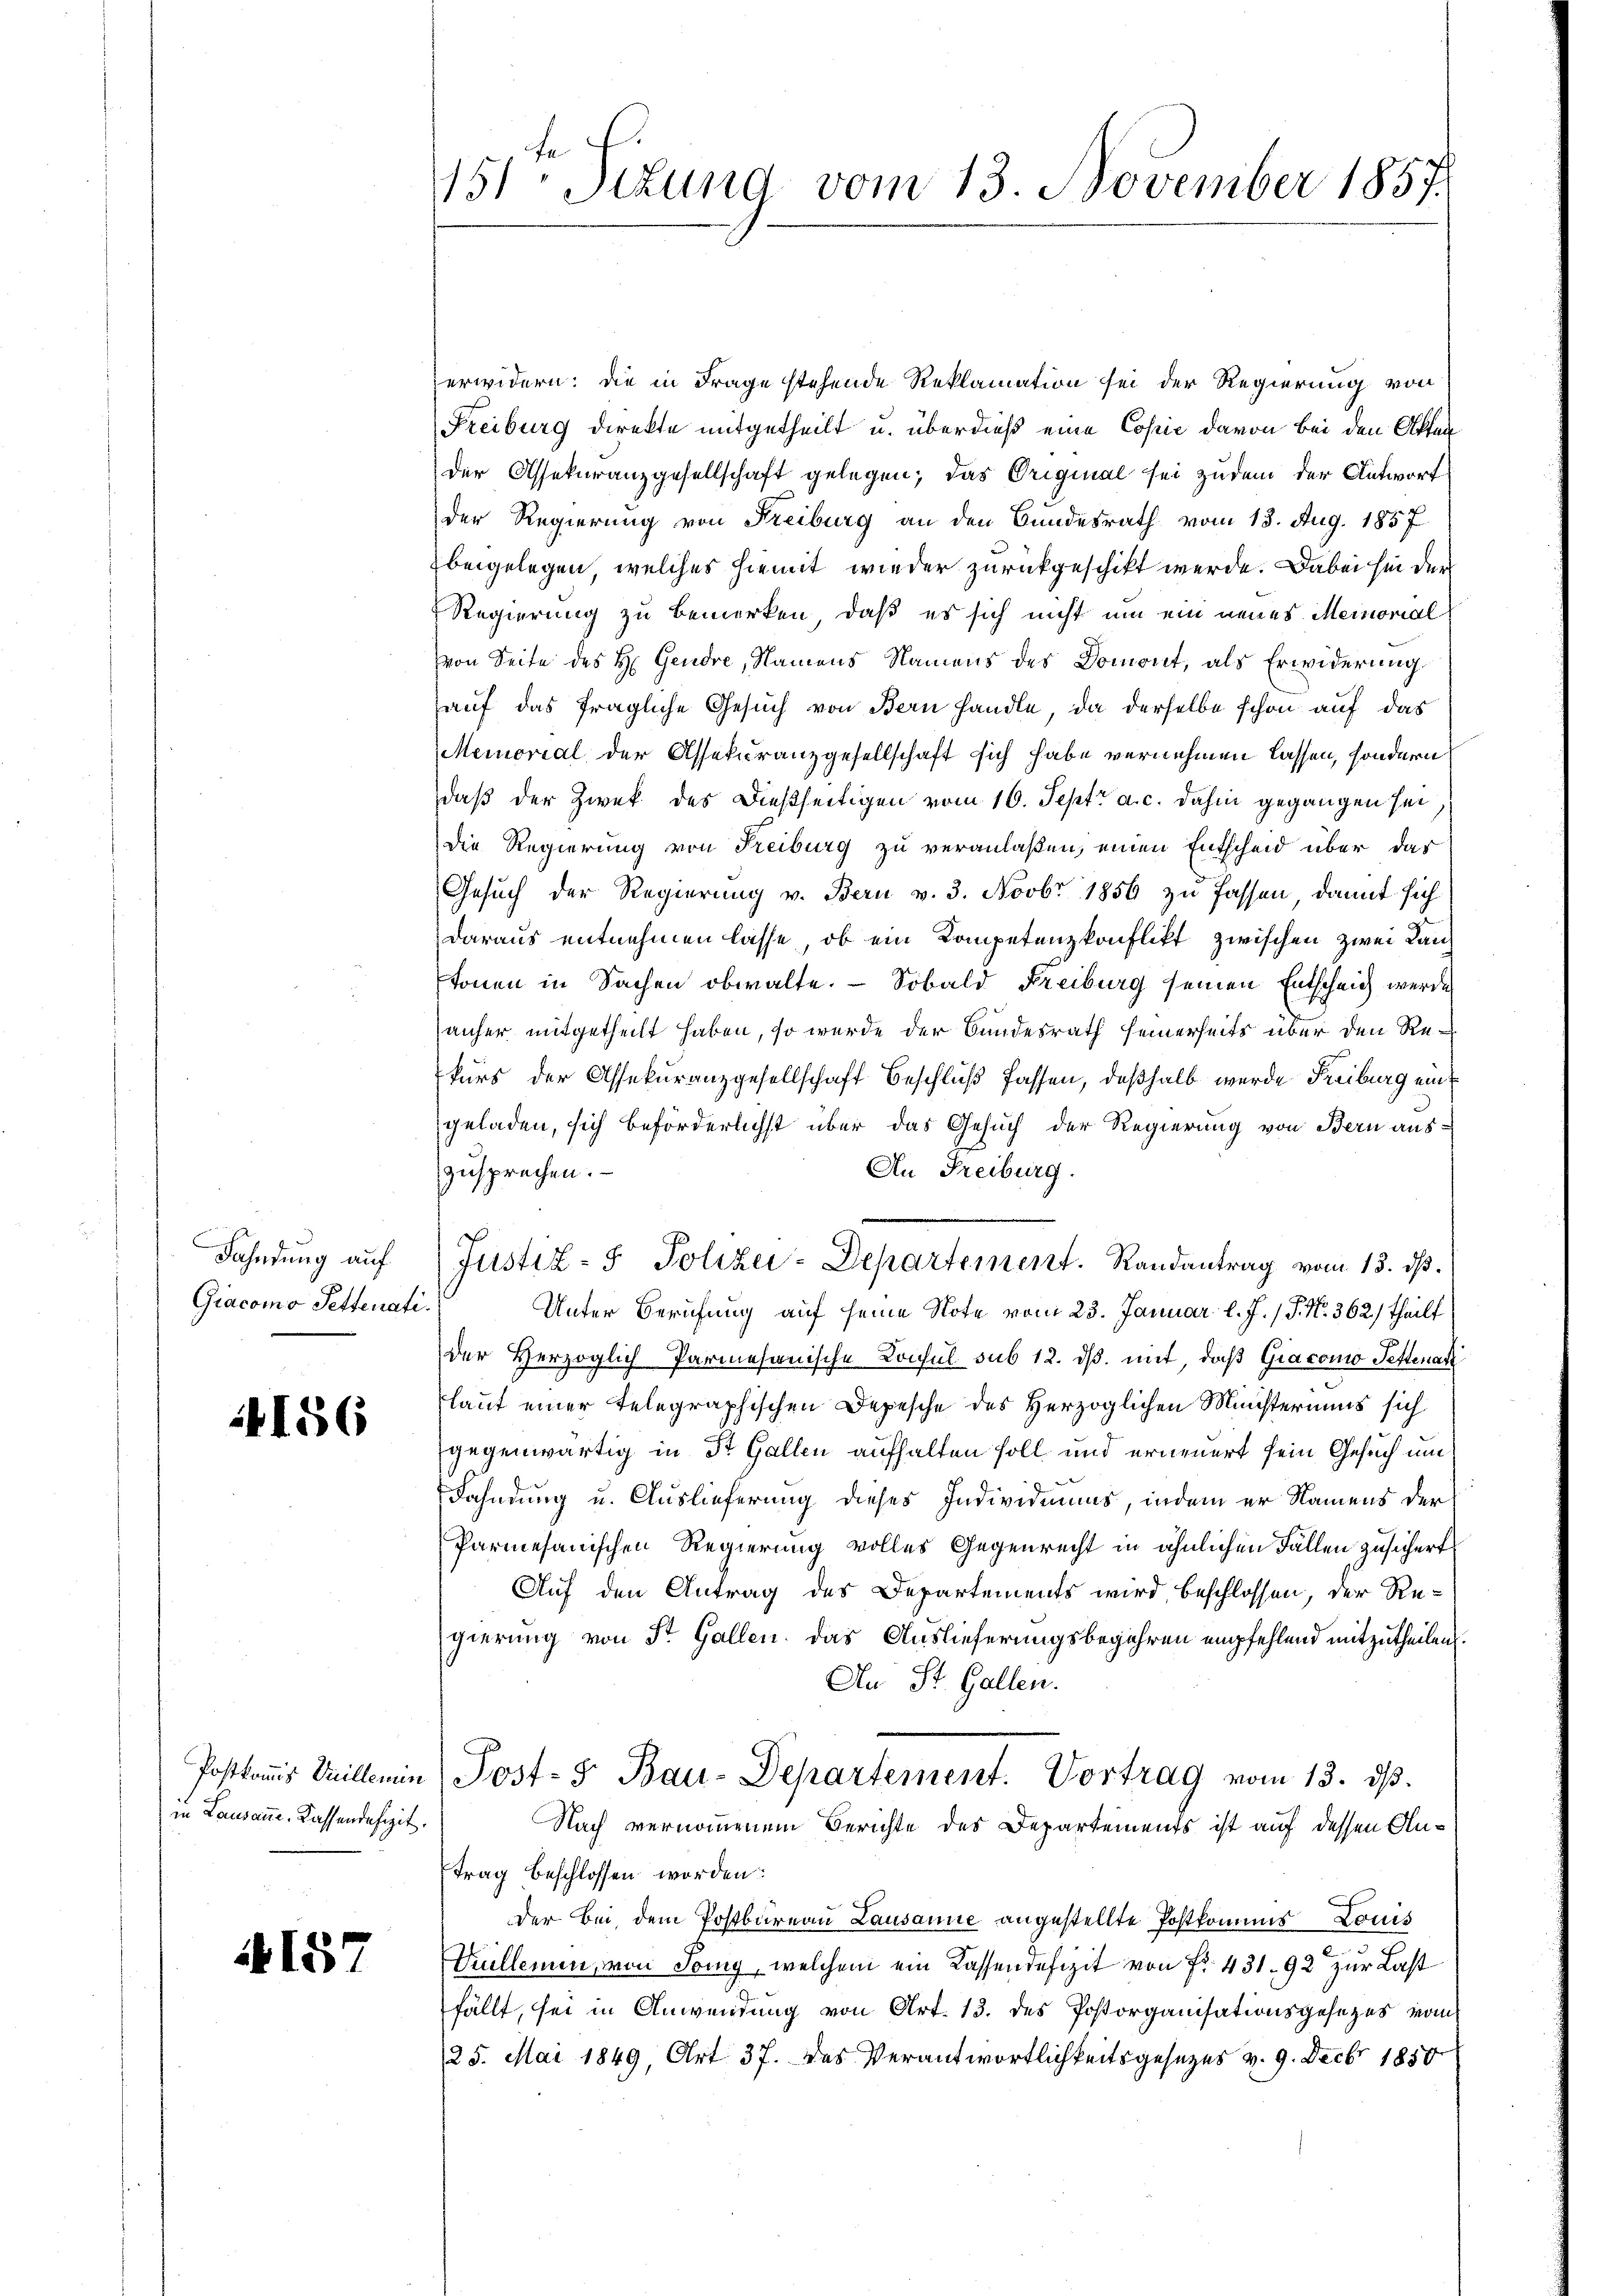
Fahndung auf
Giacomo Petterati

4156

Postkommis Vuillemin
in Lausanne. Kassendefizit.

A157

151ten Sizung vom 13. November 1857.

erwidern: die in Frage stehende Reklamation sei der Regierung von
Freiburg direkte mitgetheilt u. überdieß eine Copić davon bei den Akten
der Assekuranzgesellschaft gelegen; das Original sei zudem der Antwort
der Regierung von Freiburg an den Bundesrath vom 13. Aug. 1857
beigelegen, welches hiemit wieder zurückgeschikt werde. Dabei sei der
Regierung zu bemerken, daß es sich nicht um ein neues Meinorial
von Seite des H. Gendre, Namens Namens des Domont, als Erwiderung
hauf das fragliche Gesuch von Bern handle, da derselbe schon auf das
Memorial der Assekuranzgesellschaft sich habe vernehmen lassen, sondern
daß der Zwek des dießseitigen vom 16. Sept. a. c. dahin gegangen sei
Die Regierung von Freiburg zu veranlaßen, einen Entscheid über das
Gesuch der Regierung v. Bern v. 3. Novbr 1856 zu fassen, damit sich
daraus entnehmen lasse, ob ein Kompetenzkonflikt zwischen zwei Lantonen in Sachen obwalte. – Sobald Freiburg seinen Entscheid werde
anher mitgetheilt haben, so wurde der Bundesrath seinerseits über den Rekurs der Assekuranzgesellschaft Beschluß fassen, deßhalb wurde Freiburg eint
geladen, sich beförderlichst über das Gesuch der Regierung von Bern aus
An Freiburg.
zusprechen.
Justiz- & Polizei-Departement. Randantrag vom 13. ds.
Unter Berufung auf seine Note vom 23. Januar l. J. / P. Nr. 362) theilt
der Herzoglich Parmesanische Konsul sub 12. dβ. mit, daß Giacomo Fettenant
laut einer telegraphischen Depesche des Herzoglichen Ministeriums sich
gegenwärtig in St. Gallen aufhalten soll und erneuert sein Gesuch um
Fahndung u. Auslieferung dieses Individiums, indem er Namens der
Parmesanischen Regierung volles Gegenrecht in ähnlichen Fallen zusichert
Auf den Antrag des Departements wird beschlossen, der Regierung von St. Gallen. Das Auslieferungsbegehren empfehlend mitzutheilen.
An St. Gallen.
Post- & Bau-Departement. Vortrag vom 13. dβ.
Nach vernommenem Berichte des Departements ist auf dessen Autrag beschlossen worden:
der Bei dem Postbureau Lausanne angestellte Postkomus Louis
Kullemen, von Tony, welchem ein Kassendefizit von Fr. 431. 92 zur Last
fällt, sei in Anwendung von Art. 13. des Postorganisationsgesezes vom
/25. Mai 1849, Art 37. des Verantwortlichkeitsgesezes v. 9. Decbr 1850